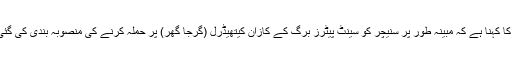
روس کا کہنا ہے کہ مبینہ طور پر سنیچر کو سینٹ پیٹرز برگ کے كازان کیتھیڈرل (گرجا گھر) پر حملہ کرنے کی منصوبہ بندی کی گئی تھی۔